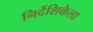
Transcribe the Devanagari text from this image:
निर्देशिकेला